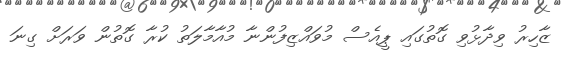
ޒާހިރު ވިދާޅުވި ގޮތުގައި ޕީއެސް މުވައްޒިފުންނާ މުއާމާލަތު ކުރާ ގޮތުން ވަރަށް ގިނަ